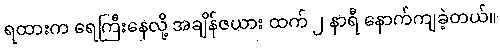
ရထားက ရေကြီးနေလို့ အချိန်ဇယား ထက် ၂ နာရီ နောက်ကျခဲ့တယ်။